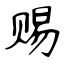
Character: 赐